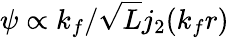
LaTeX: \psi\propto k_{f}/\sqrt{L}j_{2}(k_{f}r)